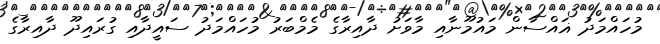
މުހައްމަދު ޣައްސާން މައުމޫނާއި މާވަށު ދާއިރާގެ މެމްބަރު މުހައްމަދު ސައީދާއި ގުރައިދޫ ދާއިރާގެ